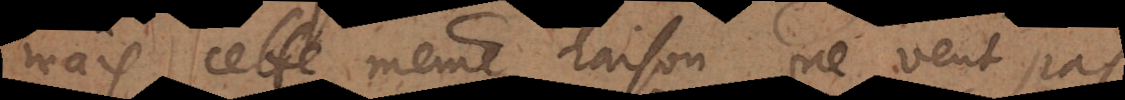
mais cette même raison ne veut pas